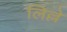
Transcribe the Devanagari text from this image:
लिल्ले